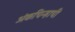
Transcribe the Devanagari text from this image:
अंकचिन्हाची